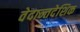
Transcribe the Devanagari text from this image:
वेदान्तदेशिक